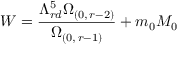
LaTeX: W = \frac { \Lambda _ { r d } ^ { 5 } \Omega _ { ( 0 , \, r - 2 ) } } { \Omega _ { ( 0 , \, r - 1 ) } } + m _ { 0 } M _ { 0 }